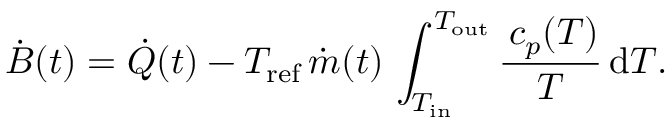
\dot { B } ( t ) = \dot { Q } ( t ) - T _ { \mathrm { r e f } } \, \dot { m } ( t ) \, \int _ { T _ { \mathrm { i n } } } ^ { T _ { \mathrm { o u t } } } \frac { \, c _ { p } ( T ) } { T } \, \mathrm { d } T .